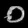
Digit: ၀